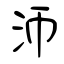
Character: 沞